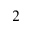
^ 2